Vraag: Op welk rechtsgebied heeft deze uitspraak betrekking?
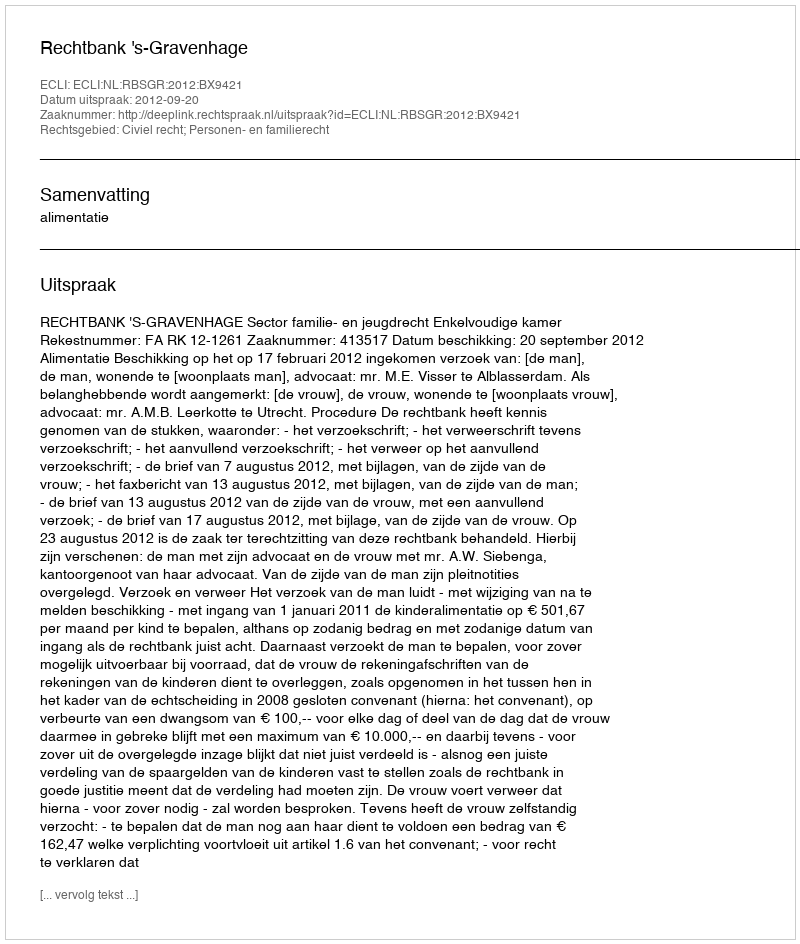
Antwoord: Civiel recht; Personen- en familierecht